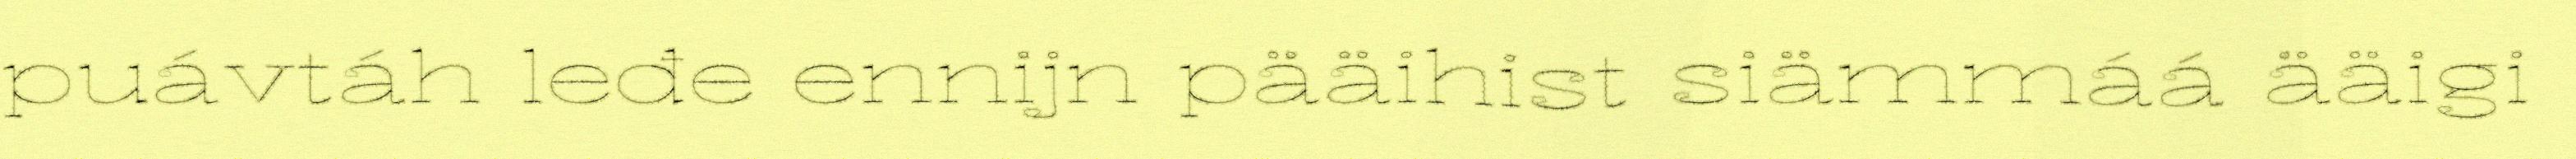
puávtáh leđe ennijn pääihist siämmáá ääigi